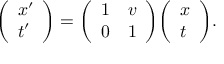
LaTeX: { \left( \begin{array} { l } { x ^ { \prime } } \\ { t ^ { \prime } } \end{array} \right) } = { \left( \begin{array} { l l } { 1 } & { v } \\ { 0 } & { 1 } \end{array} \right) } { \left( \begin{array} { l } { x } \\ { t } \end{array} \right) } .